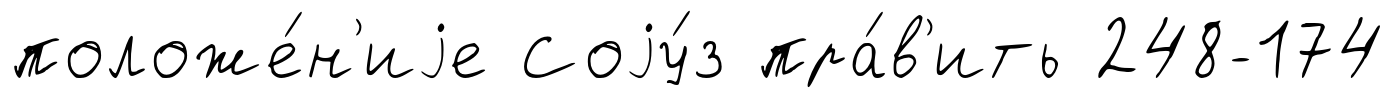
положе́н'иjе Соjу́з пра́в'ить 248-174